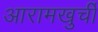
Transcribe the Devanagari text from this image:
आरामखुर्ची